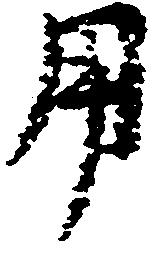
用